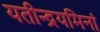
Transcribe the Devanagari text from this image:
यतीन्द्रयमिनां